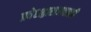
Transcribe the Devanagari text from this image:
प्रवेशद्वाराजवळही